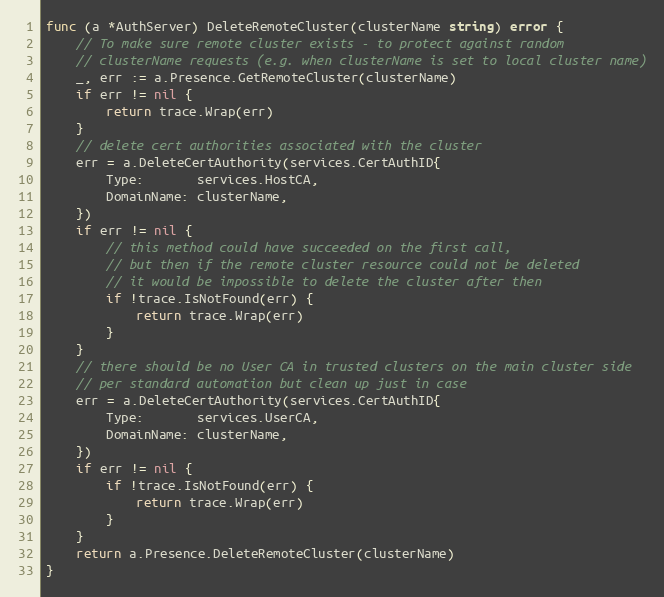
Language: Go
func (a *AuthServer) DeleteRemoteCluster(clusterName string) error {
	// To make sure remote cluster exists - to protect against random
	// clusterName requests (e.g. when clusterName is set to local cluster name)
	_, err := a.Presence.GetRemoteCluster(clusterName)
	if err != nil {
		return trace.Wrap(err)
	}
	// delete cert authorities associated with the cluster
	err = a.DeleteCertAuthority(services.CertAuthID{
		Type:       services.HostCA,
		DomainName: clusterName,
	})
	if err != nil {
		// this method could have succeeded on the first call,
		// but then if the remote cluster resource could not be deleted
		// it would be impossible to delete the cluster after then
		if !trace.IsNotFound(err) {
			return trace.Wrap(err)
		}
	}
	// there should be no User CA in trusted clusters on the main cluster side
	// per standard automation but clean up just in case
	err = a.DeleteCertAuthority(services.CertAuthID{
		Type:       services.UserCA,
		DomainName: clusterName,
	})
	if err != nil {
		if !trace.IsNotFound(err) {
			return trace.Wrap(err)
		}
	}
	return a.Presence.DeleteRemoteCluster(clusterName)
}